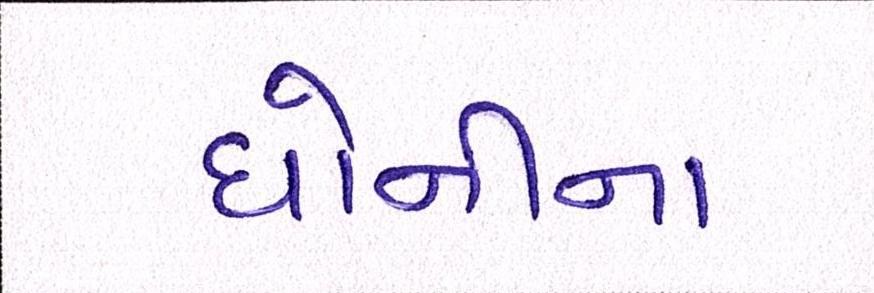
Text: ધોનીના